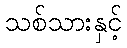
သစ်သားနှင့်